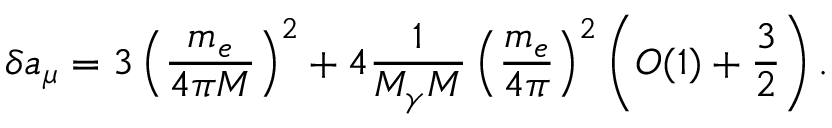
\delta a _ { \mu } = 3 \left( \frac { m _ { e } } { 4 \pi M } \right) ^ { 2 } + 4 \frac { 1 } { M _ { \gamma } M } \left( \frac { m _ { e } } { 4 \pi } \right) ^ { 2 } \left( O ( 1 ) + \frac { 3 } { 2 } \right) .